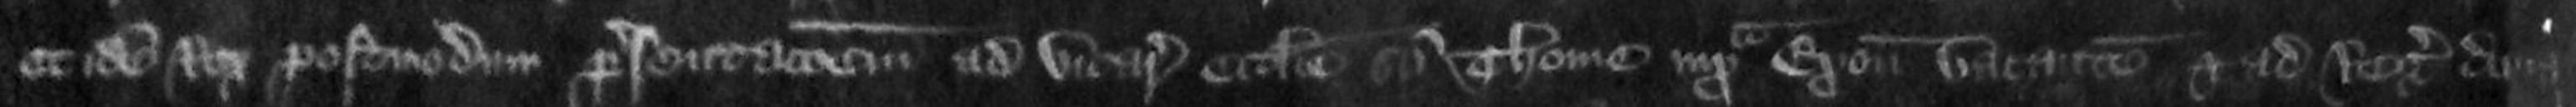
et idem Rex postmodum presentationem ad vicariam ecclesie Sancti Thome iuxta Exonie vacantem et ad Regis donat